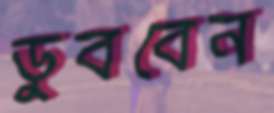
ডুববেন